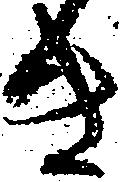
き